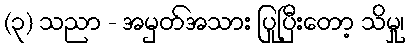
(၃) သညာ - အမှတ်အသား ပြုပြီးတော့ သိမှု၊